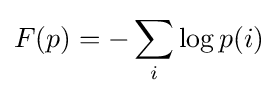
F(p)=-\sum _{i}\log p(i)